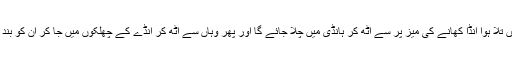
ایک الٹے وقت کی کائنات میں تلا ہوا انڈا کھانے کی میز پر سے اٹھ کر ہانڈی میں چلا جائے گا اور پھر وہاں سے اٹھ کر انڈے کے چھلکوں میں جا کر ان کو بند کرکے ثابت انڈا بن جائے گا۔